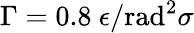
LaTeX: \Gamma=0.8~\epsilon/\mathrm{rad}^{2}\sigma